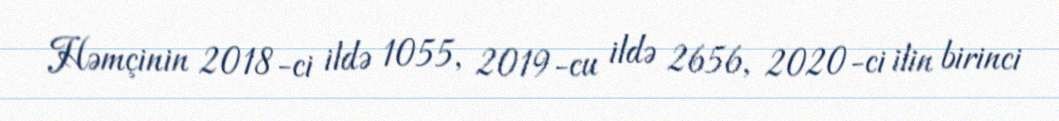
Həmçinin 2018-ci ildə 1055, 2019-cu ildə 2656, 2020-ci ilin birinci